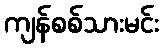
ကျန်စစ်သားမင်း